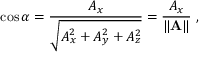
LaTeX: \cos \alpha = { \frac { A _ { x } } { \sqrt { A _ { x } ^ { 2 } + A _ { y } ^ { 2 } + A _ { z } ^ { 2 } } } } = { \frac { A _ { x } } { \| \mathbf { A } \| } } \ ,